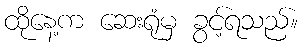
ထိုနေ့က ဆေးရုံမှ ခွင့်ရသည်။